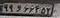
۹۹و۶۶۴۵۳